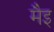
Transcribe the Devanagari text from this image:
मैइ